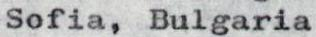
Sofia, Bulgaria